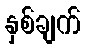
နှစ်ချက်